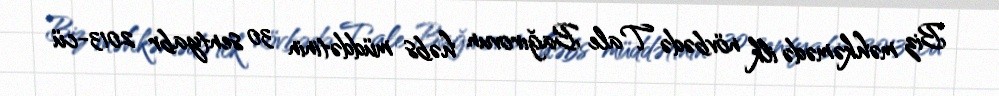
Biz məhkəmədə ilk növbədə Tale Bağırovun həbs müddətinin 30 sentyabr 2013-cü